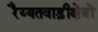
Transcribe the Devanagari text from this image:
रैय्यतवाड़ीक्षेत्रों